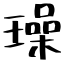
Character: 璪